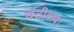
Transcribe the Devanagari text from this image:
घंटीबाबा